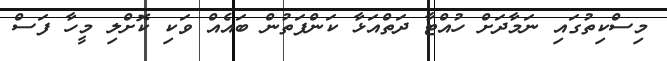
މިސްކިތުގައި ނަމާދަށް ހުއްޓާ ދަތްއަޅާ ކަންފަތުން ބައެއް ވަކި ކޮށްލި މީހާ ފަސް